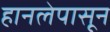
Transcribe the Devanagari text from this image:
हानलेपासून